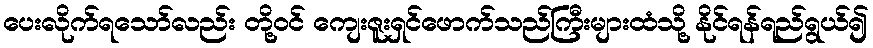
ပေးလိုက်ရသော်လည်း တို့ဝင် ကျေးဇူးရှင်ဖောက်သည်ကြီးများထံသို့ နိုင်ရန်ရည်ရွယ်၍